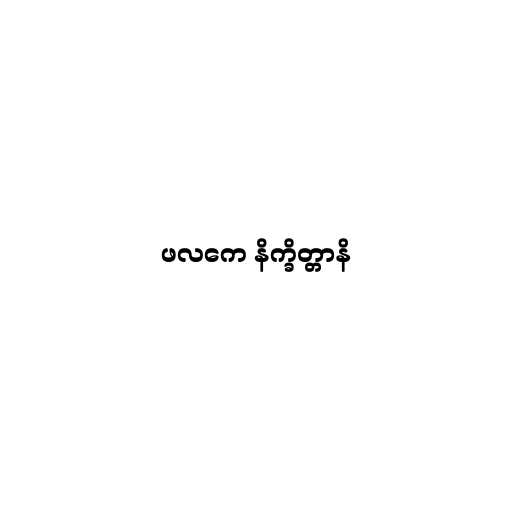
ဖလကေ နိက္ခိတ္တာနိ